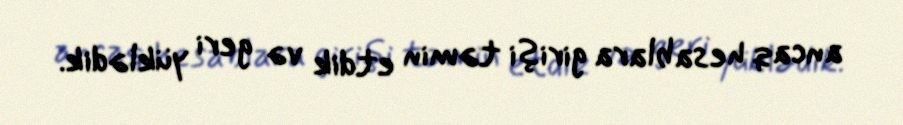
ancaq hesablara girişi təmin etdik və geri yüklədik.